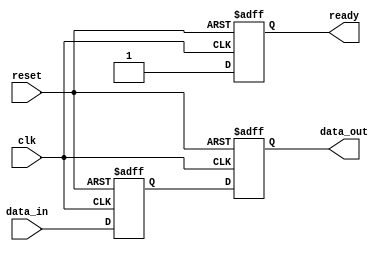
module behavioral_model (
    input wire clk,
    input wire reset,
    input wire [3:0] data_in,
    output reg [3:0] data_out,
    output reg ready
);

// Signal Declaration
reg [3:0] internal_reg;

// Task Definition
task update_data;
    input [3:0] new_data;
    begin
        // Simulate some processing delay
        #5; // Wait for 5 time units
        internal_reg <= new_data; // Non-blocking assignment
        ready <= 1'b1; // Indicate that data is ready
    end
endtask

// Continuous Assignment
always @(posedge clk or posedge reset) begin
    if (reset) begin
        data_out <= 4'b0000; // Reset output
        internal_reg <= 4'b0000; // Reset internal register
        ready <= 1'b0; // Reset ready signal
    end else begin
        // Call the task to update data
        update_data(data_in);
        data_out <= internal_reg; // Update output with internal register value
    end
end

endmodule